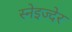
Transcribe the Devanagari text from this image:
स्नेइज्देर